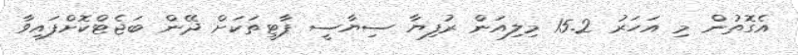
އެގޮތުން މި އަހަރު 15.2 މިލިއަން ރުފިޔާ ސިޔާސީ ޕާޓީތަކަށް ދޭން ބަޖެޓްކޮށްފައިވާ